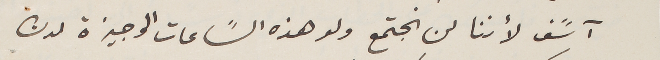
آسًف لأننا لن نجتمع ولو هذه السًاعات الوجيزة لدن